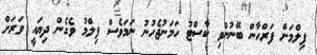
ފިލްމަށް ފަރްހާން ބޭނުންވި ކާސްޓު ހަމަނުޖެހުނު ނަމަވެސް ފިލްމު ވެގެން ދިޔައީ ވަރަށް